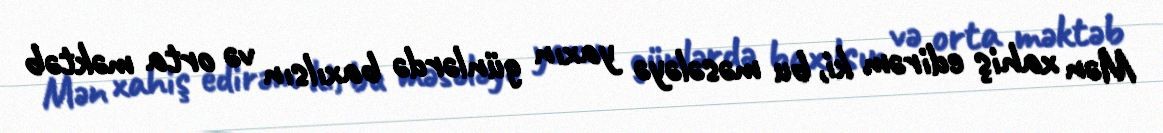
Mən xahiş edirəm ki, bu məsələyə yaxın günlərdə baxılsın və orta məktəb